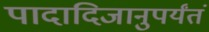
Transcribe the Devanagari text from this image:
पादादिजानुपर्यंतं